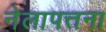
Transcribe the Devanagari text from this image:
नेलापत्तना